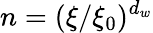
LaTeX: n=(\xi/\xi_{0})^{d_{w}}